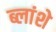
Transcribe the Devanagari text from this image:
ब्लांशे